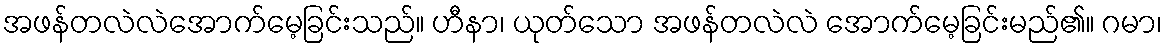
အဖန်တလဲလဲအောက်မေ့ခြင်းသည်။ ဟီနာ၊ ယုတ်သော အဖန်တလဲလဲ အောက်မေ့ခြင်းမည်၏။ ဂမာ၊